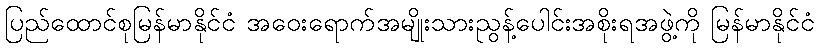
ပြည်ထောင်စုမြန်မာနိုင်ငံ အဝေးရောက်အမျိုးသားညွန့်ပေါင်းအစိုးရအဖွဲ့ကို မြန်မာနိုင်ငံ